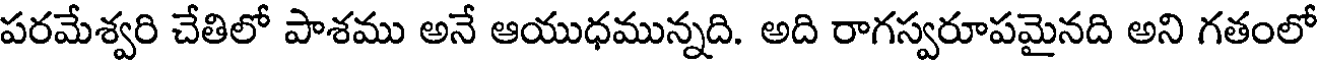
పరమేశ్వరి చేతిలో పాశము అనే ఆయుధమున్నది. అది రాగస్వరూపమైనది అని గతంలో